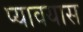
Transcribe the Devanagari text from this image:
प्यावयास